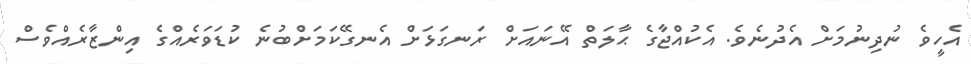
އެހީވެ ނުދިނުމަށް އެދުނެވެ. އެކުއްޖާގެ ޙާލަތް އޭނައަށް ރަނގަޅަށް އެނގޭކަމަށްބުނެ ކުޑަވަރެއްގެ އިންޒާރެއްވެސް